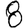
Digit: 8